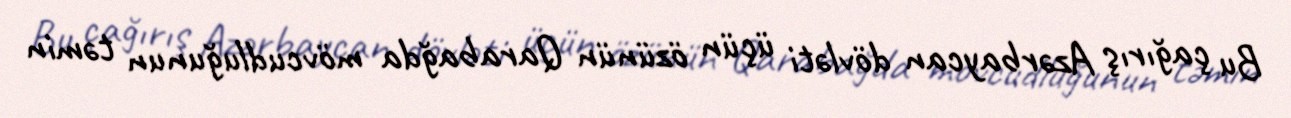
Bu çağırış Azərbaycan dövləti üçün özünün Qarabağda mövcudluğunun təmin